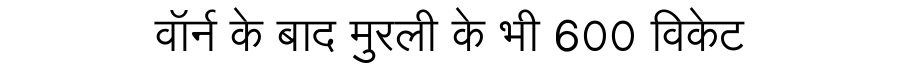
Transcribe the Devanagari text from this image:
वॉर्न के बाद मुरली के भी 600 विकेट